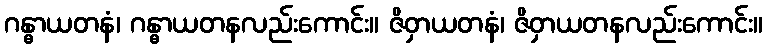
ဂန္ဓာယတနံ၊ ဂန္ဓာယတနလည်းကောင်း။ ဇိဝှာယတနံ၊ ဇိဝှာယတနလည်းကောင်း။